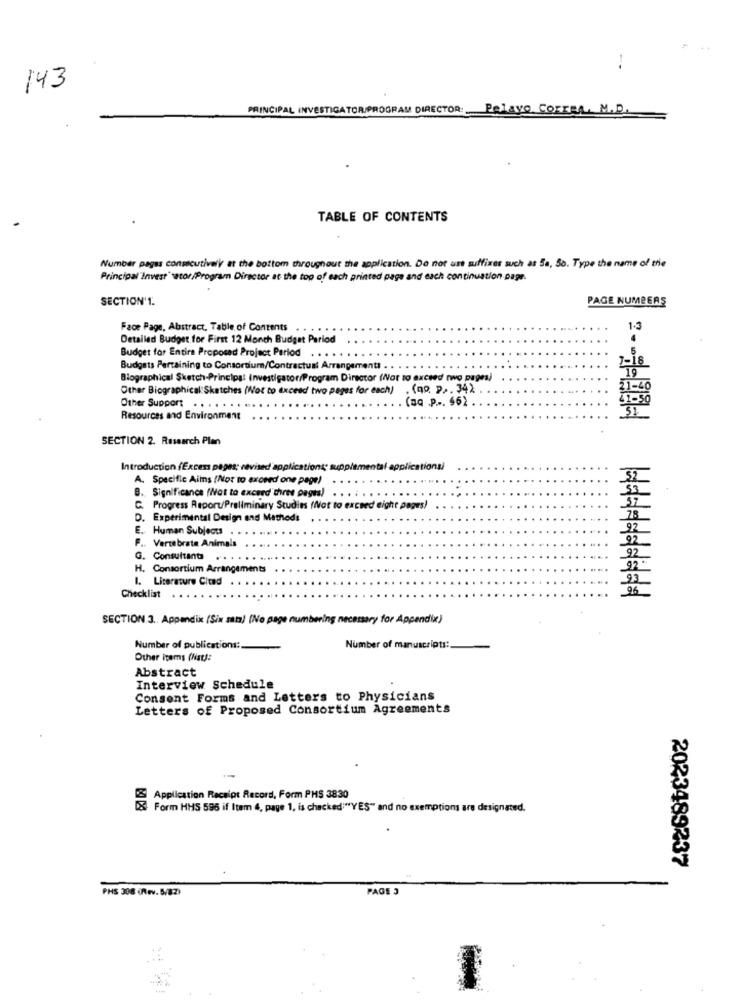
--
143
PRINCIPAL INVESTIGATOR/PROGRAM DIRECTOR: Pelayo CorreA. M.D.
TABLE OF CONTENTS
Number pagas consecutivel'ir at the bottom throughout the application. Do not use suffixes such as Sa, So. Type the name of trie
Principal Invest" setor/Program Director at the top of each printed page and each continuation papr.
SECTION'1.
PAGE NUMBERS
Face Page, Abstract, Table of Contents
....
1.3
Detailed Budget for First 12 Month Budget Period
.
Budget for Entire Proposed Project Period
5
Budgets Pertaining to Consortium/Contractust Arrangementi
19
Biographical Sketch-Principal Investigator/Program Director (Not to exceed two pages)
Other Biographical: Sketches (Not to exceed two pages for each) . (qo. p ,. 34).
. (aq .p ... $62
Other Support ...
Resources and Environment
SECTION 2. Research Plan
Introduction (Exces pagas; revised applications; supplemental applicationsi
A. Specific Aims (Not to exceed one page)
B. Significance (Not to exceed three pages) . .
C. Progress Report/Preliminary Studies (Not to exceed eight pages)
D. Experimental Design and Mathedi
E. Human Subjects
F .. Vertebrate Animals
G. Consultant
H. Consortium Arrangements
1. Literature Cited
96
Checklist
SECTION 3. Appendix (Six sam) (No page numbering necessary for Appendix)
Number of publications:
Number of manuscripts:
Other items (Nat):
Abstract
Interview Schedule
Consent Forms and Letters to Physicians
Letters of Proposed Consortium Agreements
Application Receipt Record, Form PHS 3830
Form HHS 595 if Item 4, page 1, is checked"YES" and no exemptions are designated.
2023489237
PHS 398 (frv.5/82)
PAGE 3